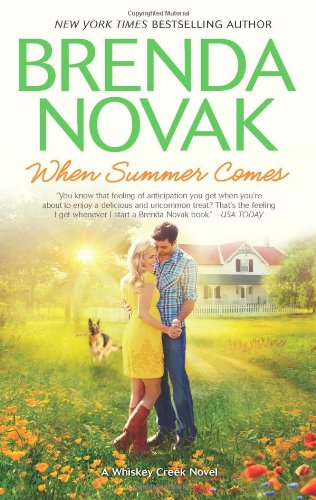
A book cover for When Summer Comes (Whiskey Creek); Brenda Novak; Literature & Fiction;